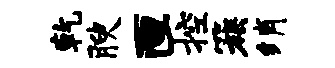
乾腴匣控簇绡